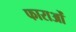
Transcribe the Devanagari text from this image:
फाराओं